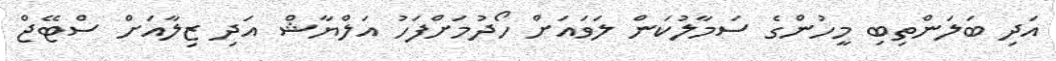
އަދި ބަލަންތިބި މީހުންގެ ސަމާލުކަން ލަވައަށް ހޯދުމަށްފަހު އަލްޔާޝް އަދި ޒިލާއަށް ސްޓޭޖް